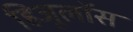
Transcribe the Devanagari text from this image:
हिजूलॉस